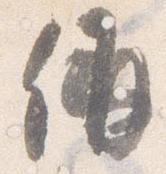
偁